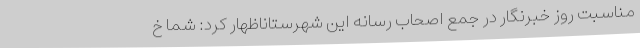
مناسبت روز خبرنگار در جمع اصحاب رسانه این شهرستاناظهار کرد: شما خ